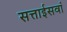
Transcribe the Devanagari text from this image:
सत्ताईसवां